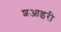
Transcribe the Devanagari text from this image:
शआइरी